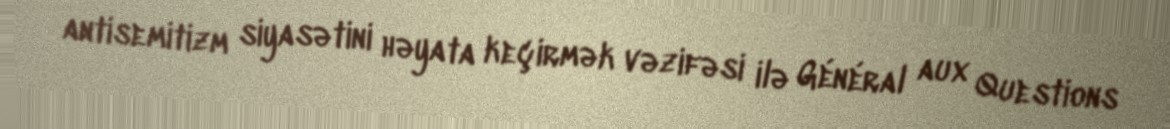
antisemitizm siyasətini həyata keçirmək vəzifəsi ilə Général aux Questions